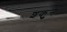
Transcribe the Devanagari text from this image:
शकुुन